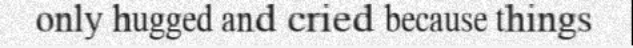
only hugged and cried because things